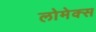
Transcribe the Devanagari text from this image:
लोमेक्स